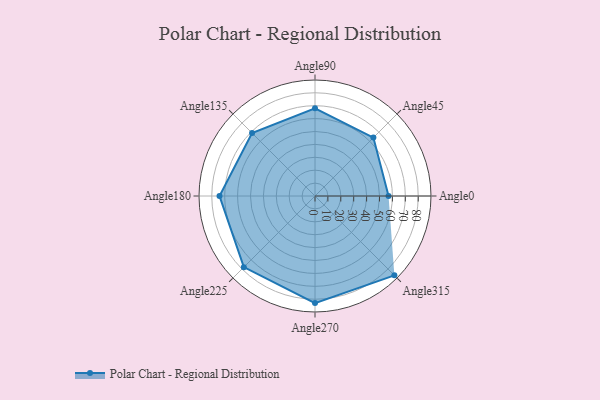
{"axis": {"x": "Angle", "y": "Radius"}, "legend": [""], "data": [{"x": "Angle0", "y": 57.0, "type": ""}, {"x": "Angle45", "y": 64.0, "type": ""}, {"x": "Angle90", "y": 68.0, "type": ""}, {"x": "Angle135", "y": 69.0, "type": ""}, {"x": "Angle180", "y": 74.0, "type": ""}, {"x": "Angle225", "y": 78.0, "type": ""}, {"x": "Angle270", "y": 83.0, "type": ""}, {"x": "Angle315", "y": 87.0, "type": ""}]}